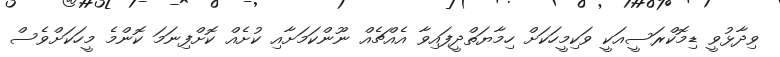
ވިދާޅުވީ ޑިމޮކްރަސީއަކީ ވަކިމީހަކަށް ހިމާޔަތްދީފައިވާ އެއްޗެއް ނޫންކަމަށާއި ކުށެއް ކޮށްފިނަމަ ކޮންމެ މީހަކަށްވެސް